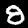
Label: 8